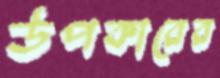
উপকারের